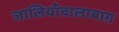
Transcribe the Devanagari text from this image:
जालियाँवालाबाग़